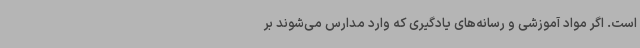
است. اگر مواد آموزشی و رسانه‌های یادگیری که وارد مدارس می‌شوند بر